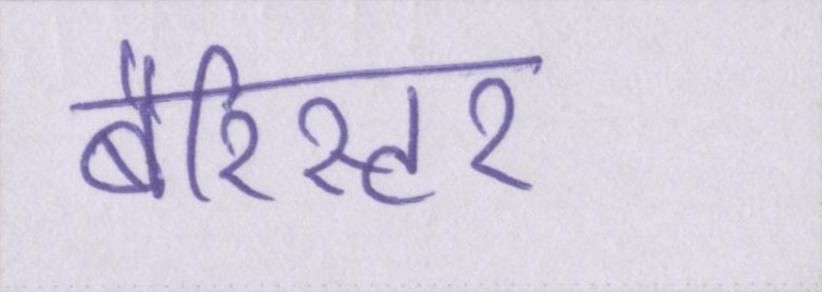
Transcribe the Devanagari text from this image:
बैरिस्टर